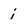
Character: i